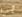
بي